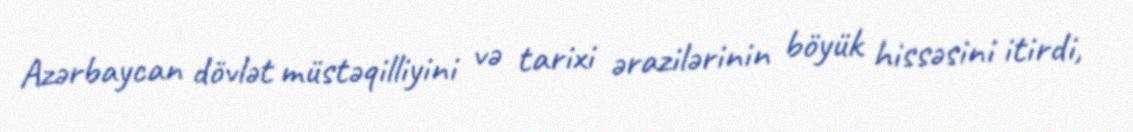
Azərbaycan dövlət müstəqilliyini və tarixi ərazilərinin böyük hissəsini itirdi,